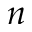
n